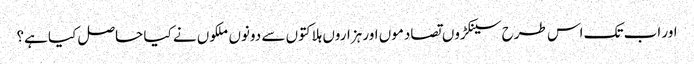
اور اب تک اس طرح سینکڑوں تصادموں اور ہزاروں ہلاکتوں سے دونوں ملکوں نے کیا حاصل کیا ہے؟